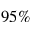
9 5 \%